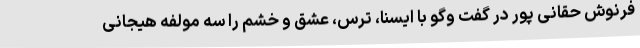
فرنوش حقانی پور در گفت وگو با ایسنا، ترس، عشق و خشم را سه مولفه هیجانی